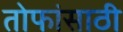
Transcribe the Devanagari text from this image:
तोफांसाठी